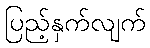
ပြည့်နှက်လျက်